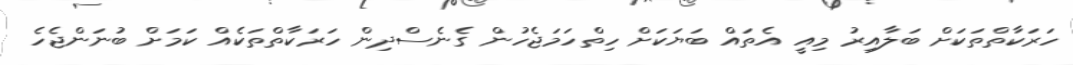
ހަރަކާތްތަކަށް ބަލާއިރު މިއީ އެތައް ބަޔަކަށް ހިތްހަމަޖެހުން ގެނެސްދިން ހަރަކާތްތަކެއް ކަމަށް ބުނަންޖެހެ